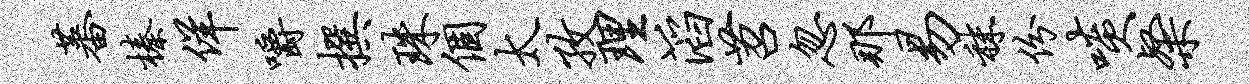
蕃榛佯嚼撰珠个太孜理滔苕忽那易秣份啖粲